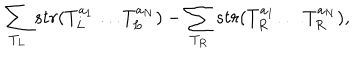
\sum _ { T _ { L } } s t r ( T _ { L } ^ { a _ { 1 } } \ldots T _ { L } ^ { a _ { N } } ) - \sum _ { T _ { R } } s t r ( T _ { R } ^ { a _ { 1 } } \ldots T _ { R } ^ { a _ { N } } ) ,